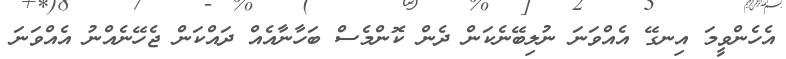
އެހެންވީމަ އިނގޭ އެއްވަނަ ނުލިބޭނެކަން ދެން ކޮންމެސް ބަހާނާއެއް ދައްކަން ޖެހޭނެއްނު އެއްވަނަ